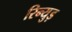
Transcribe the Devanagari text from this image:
रिन्युड़